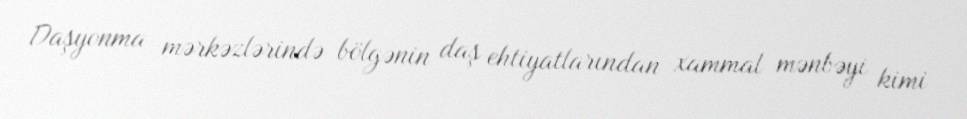
Daşyonma mərkəzlərində bölgənin daş ehtiyatlarından xammal mənbəyi kimi